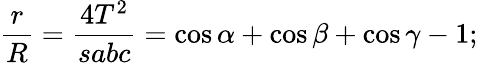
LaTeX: {\frac{r}{R}}={\frac{4T^{2}}{sabc}}=\cos\alpha+\cos\beta+\cos\gamma-1;